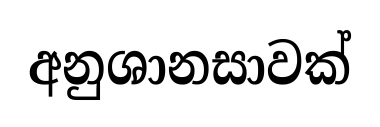
අනුශානසාවක්